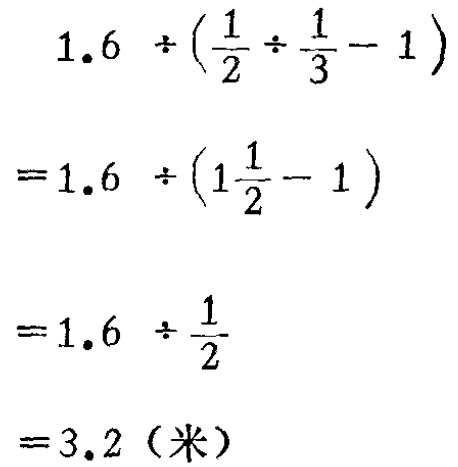
\[

\begin{align*}

&1.6\div(\frac{1}{2}\div\frac{1}{3}-1)\\

=&1.6\div(1\frac{1}{2}-1)\\

=&1.6\div\frac{1}{2}\\

=&3.2（米）

\end{align*}

\]